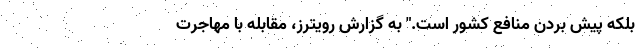
بلکه پیش بردن منافع کشور است." به گزارش رویترز، مقابله با مهاجرت